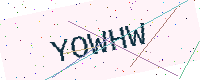
Text: YOWHW